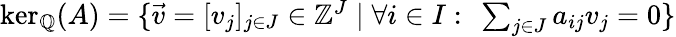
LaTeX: \begin{array}{r}{\ker_{\mathbb{Q}}(A)=\{ \vec{v}=[v_{j}]_{j\in J}\in\mathbb Z^{J}\mid\forall i\in I:\ \sum_{j\in J}a_{ij}v_{j}=0\} }\end{array}